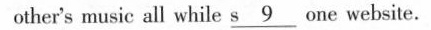
other's photos, and listen to each other's music all while s \underline9 one website.